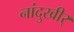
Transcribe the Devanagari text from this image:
नांदुखीर्